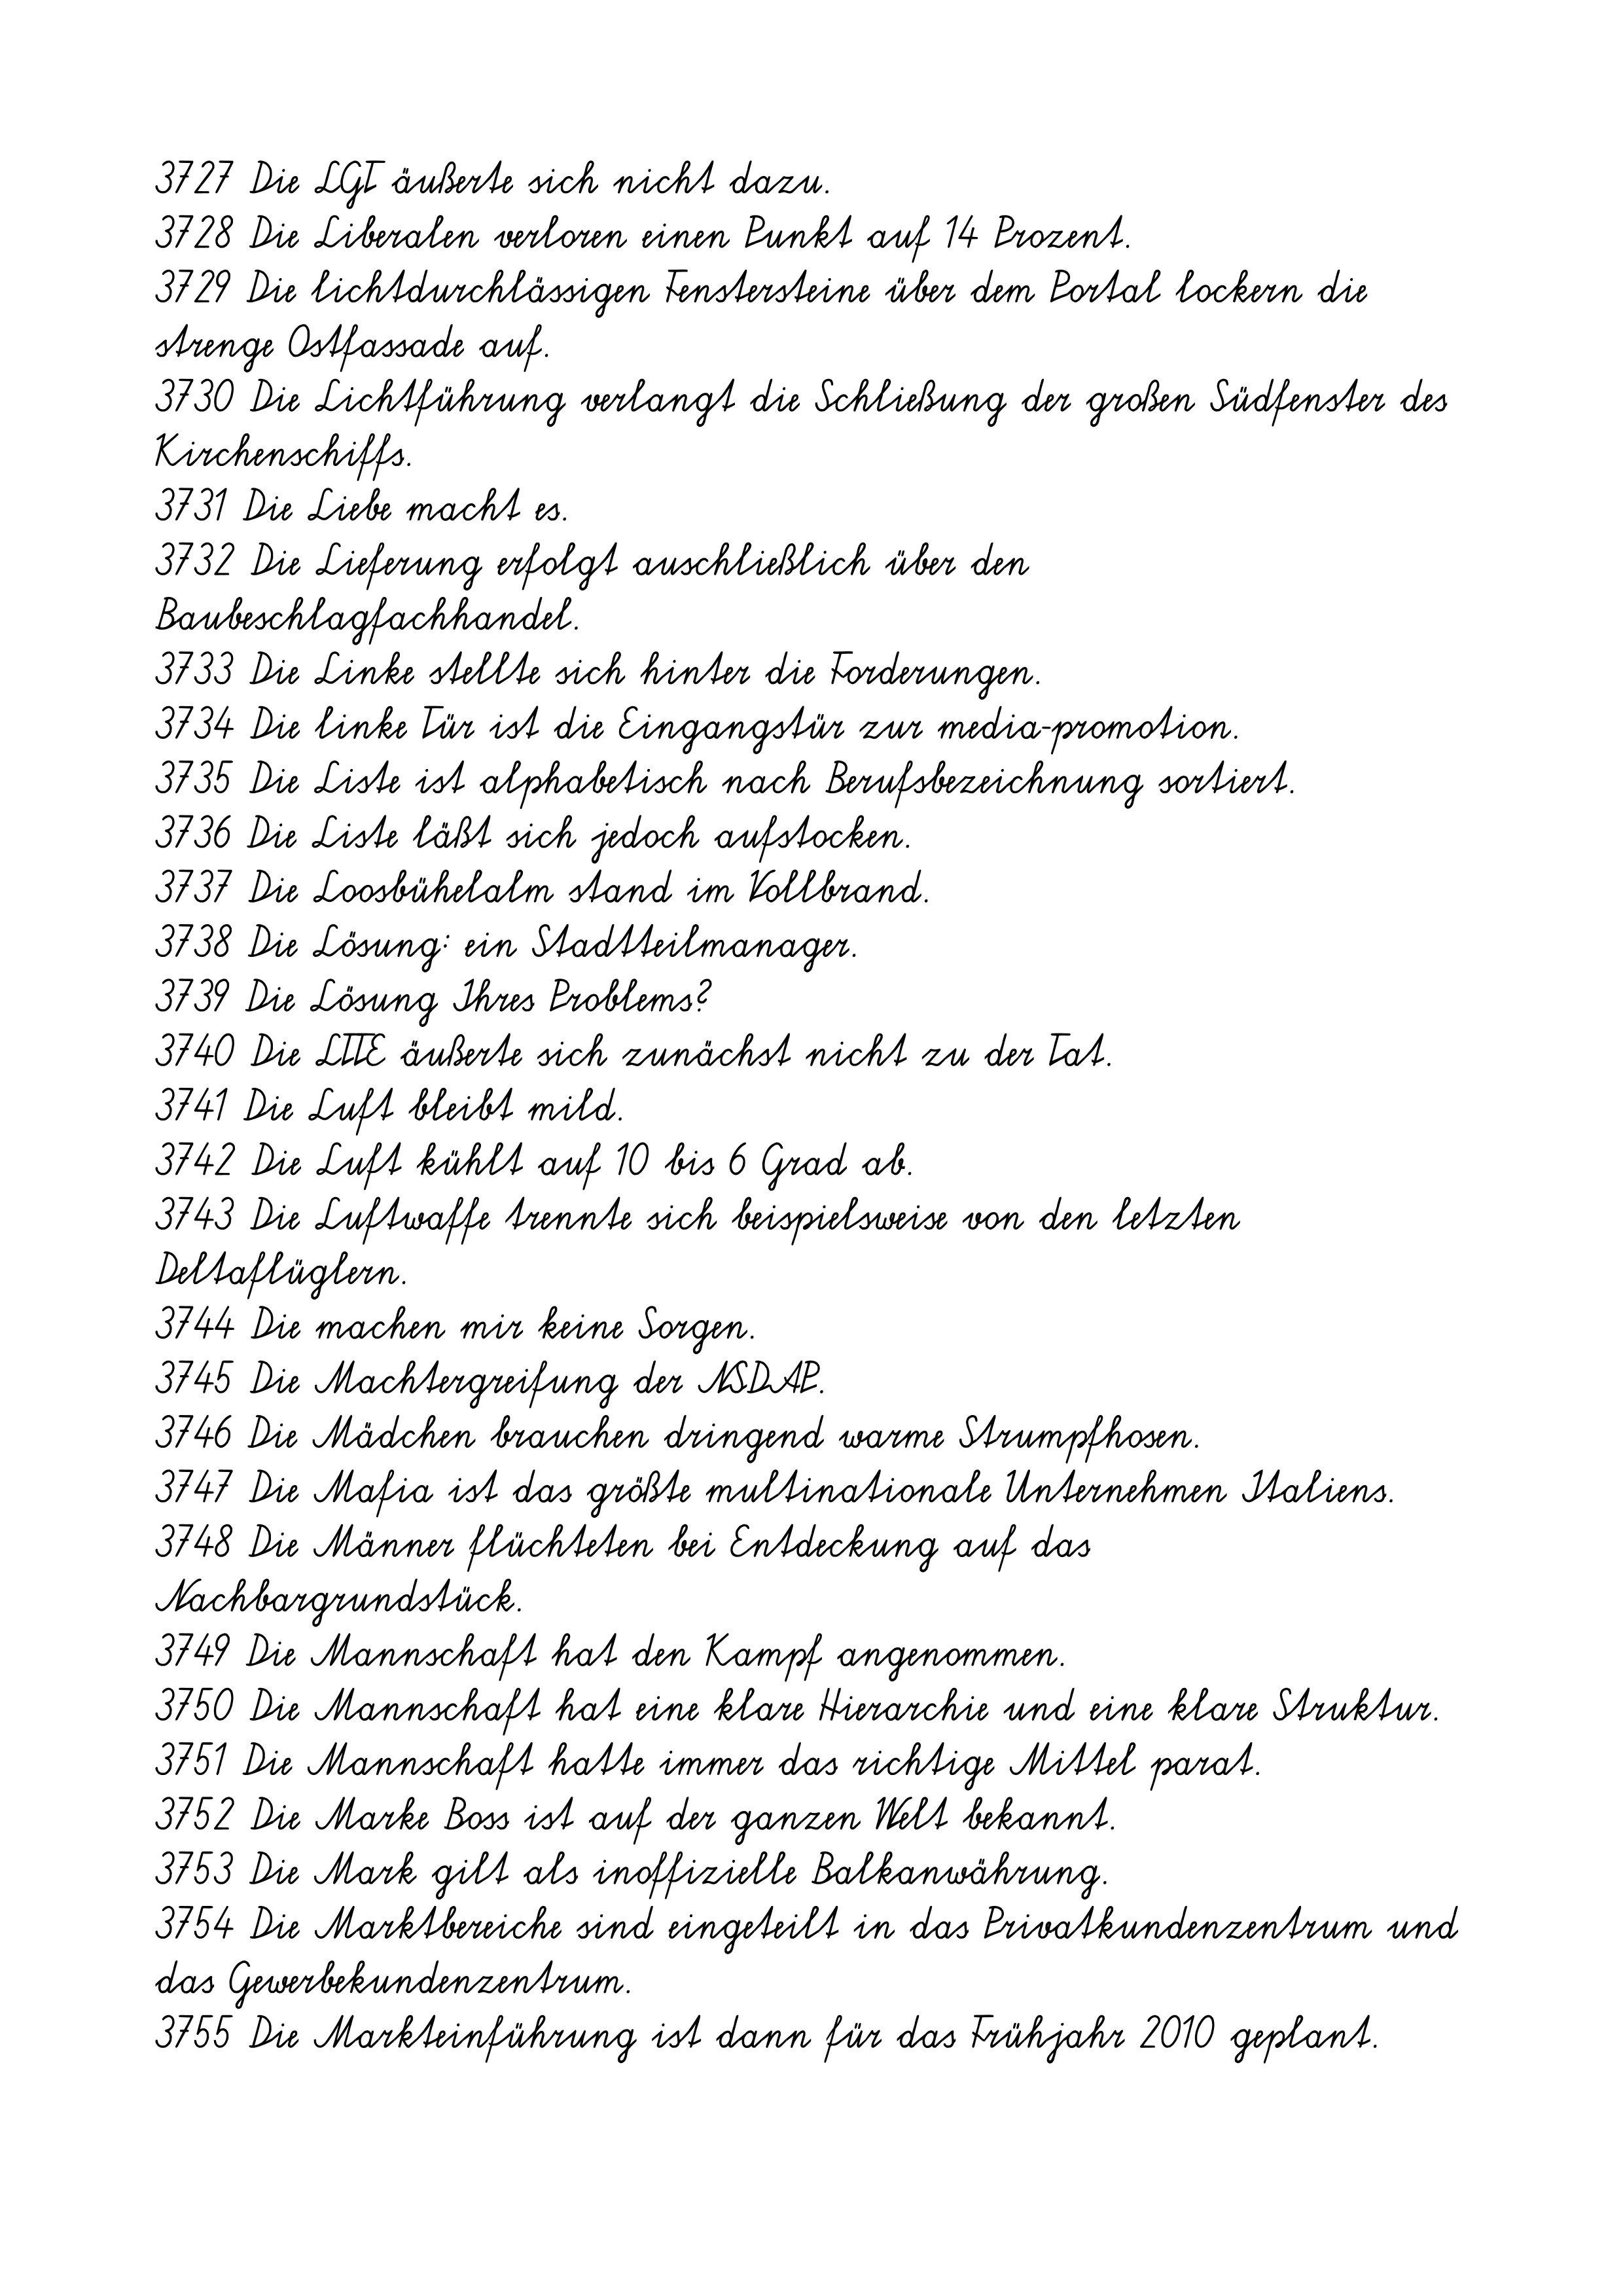
3727 Die LGT äußerte sich nicht dazu.
3728 Die Liberalen verloren einen Punkt auf 14 Prozent.
3729 Die lichtdurchlässigen Fenstersteine über dem Portal lockern die
strenge Ostfassade auf.
3730 Die Lichtführung verlangt die Schließung der großen Südfenster des
Kirchenschiffs.
3731 Die Liebe macht es.
3732 Die Lieferung erfolgt auschließlich über den
Baubeschlagfachhandel.
3733 Die Linke stellte sich hinter die Forderungen.
3734 Die linke Tür ist die Eingangstür zur media-promotion.
3735 Die Liste ist alphabetisch nach Berufsbezeichnung sortiert.
3736 Die Liste läßt sich jedoch aufstocken.
3737 Die Loosbühelalm stand im Vollbrand.
3738 Die Lösung: ein Stadtteilmanager.
3739 Die Lösung Ihres Problems?
3740 Die LTTE äußerte sich zunächst nicht zu der Tat.
3741 Die Luft bleibt mild.
3742 Die Luft kühlt auf 10 bis 6 Grad ab.
3743 Die Luftwaffe trennte sich beispielsweise von den letzten
Deltaflüglern.
3744 Die machen mir keine Sorgen.
3745 Die Machtergreifung der NSDAP.
3746 Die Mädchen brauchen dringend warme Strumpfhosen.
3747 Die Mafia ist das größte multinationale Unternehmen Italiens.
3748 Die Männer flüchteten bei Entdeckung auf das
Nachbargrundstück.
3749 Die Mannschaft hat den Kampf angenommen.
3750 Die Mannschaft hat eine klare Hierarchie und eine klare Struktur.
3751 Die Mannschaft hatte immer das richtige Mittel parat.
3752 Die Marke Boss ist auf der ganzen Welt bekannt.
3753 Die Mark gilt als inoffizielle Balkanwährung.
3754 Die Marktbereiche sind eingeteilt in das Privatkundenzentrum und
das Gewerbekundenzentrum.
3755 Die Markteinführung ist dann für das Frühjahr 2010 geplant.